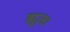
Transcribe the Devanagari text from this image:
ह्यूज।